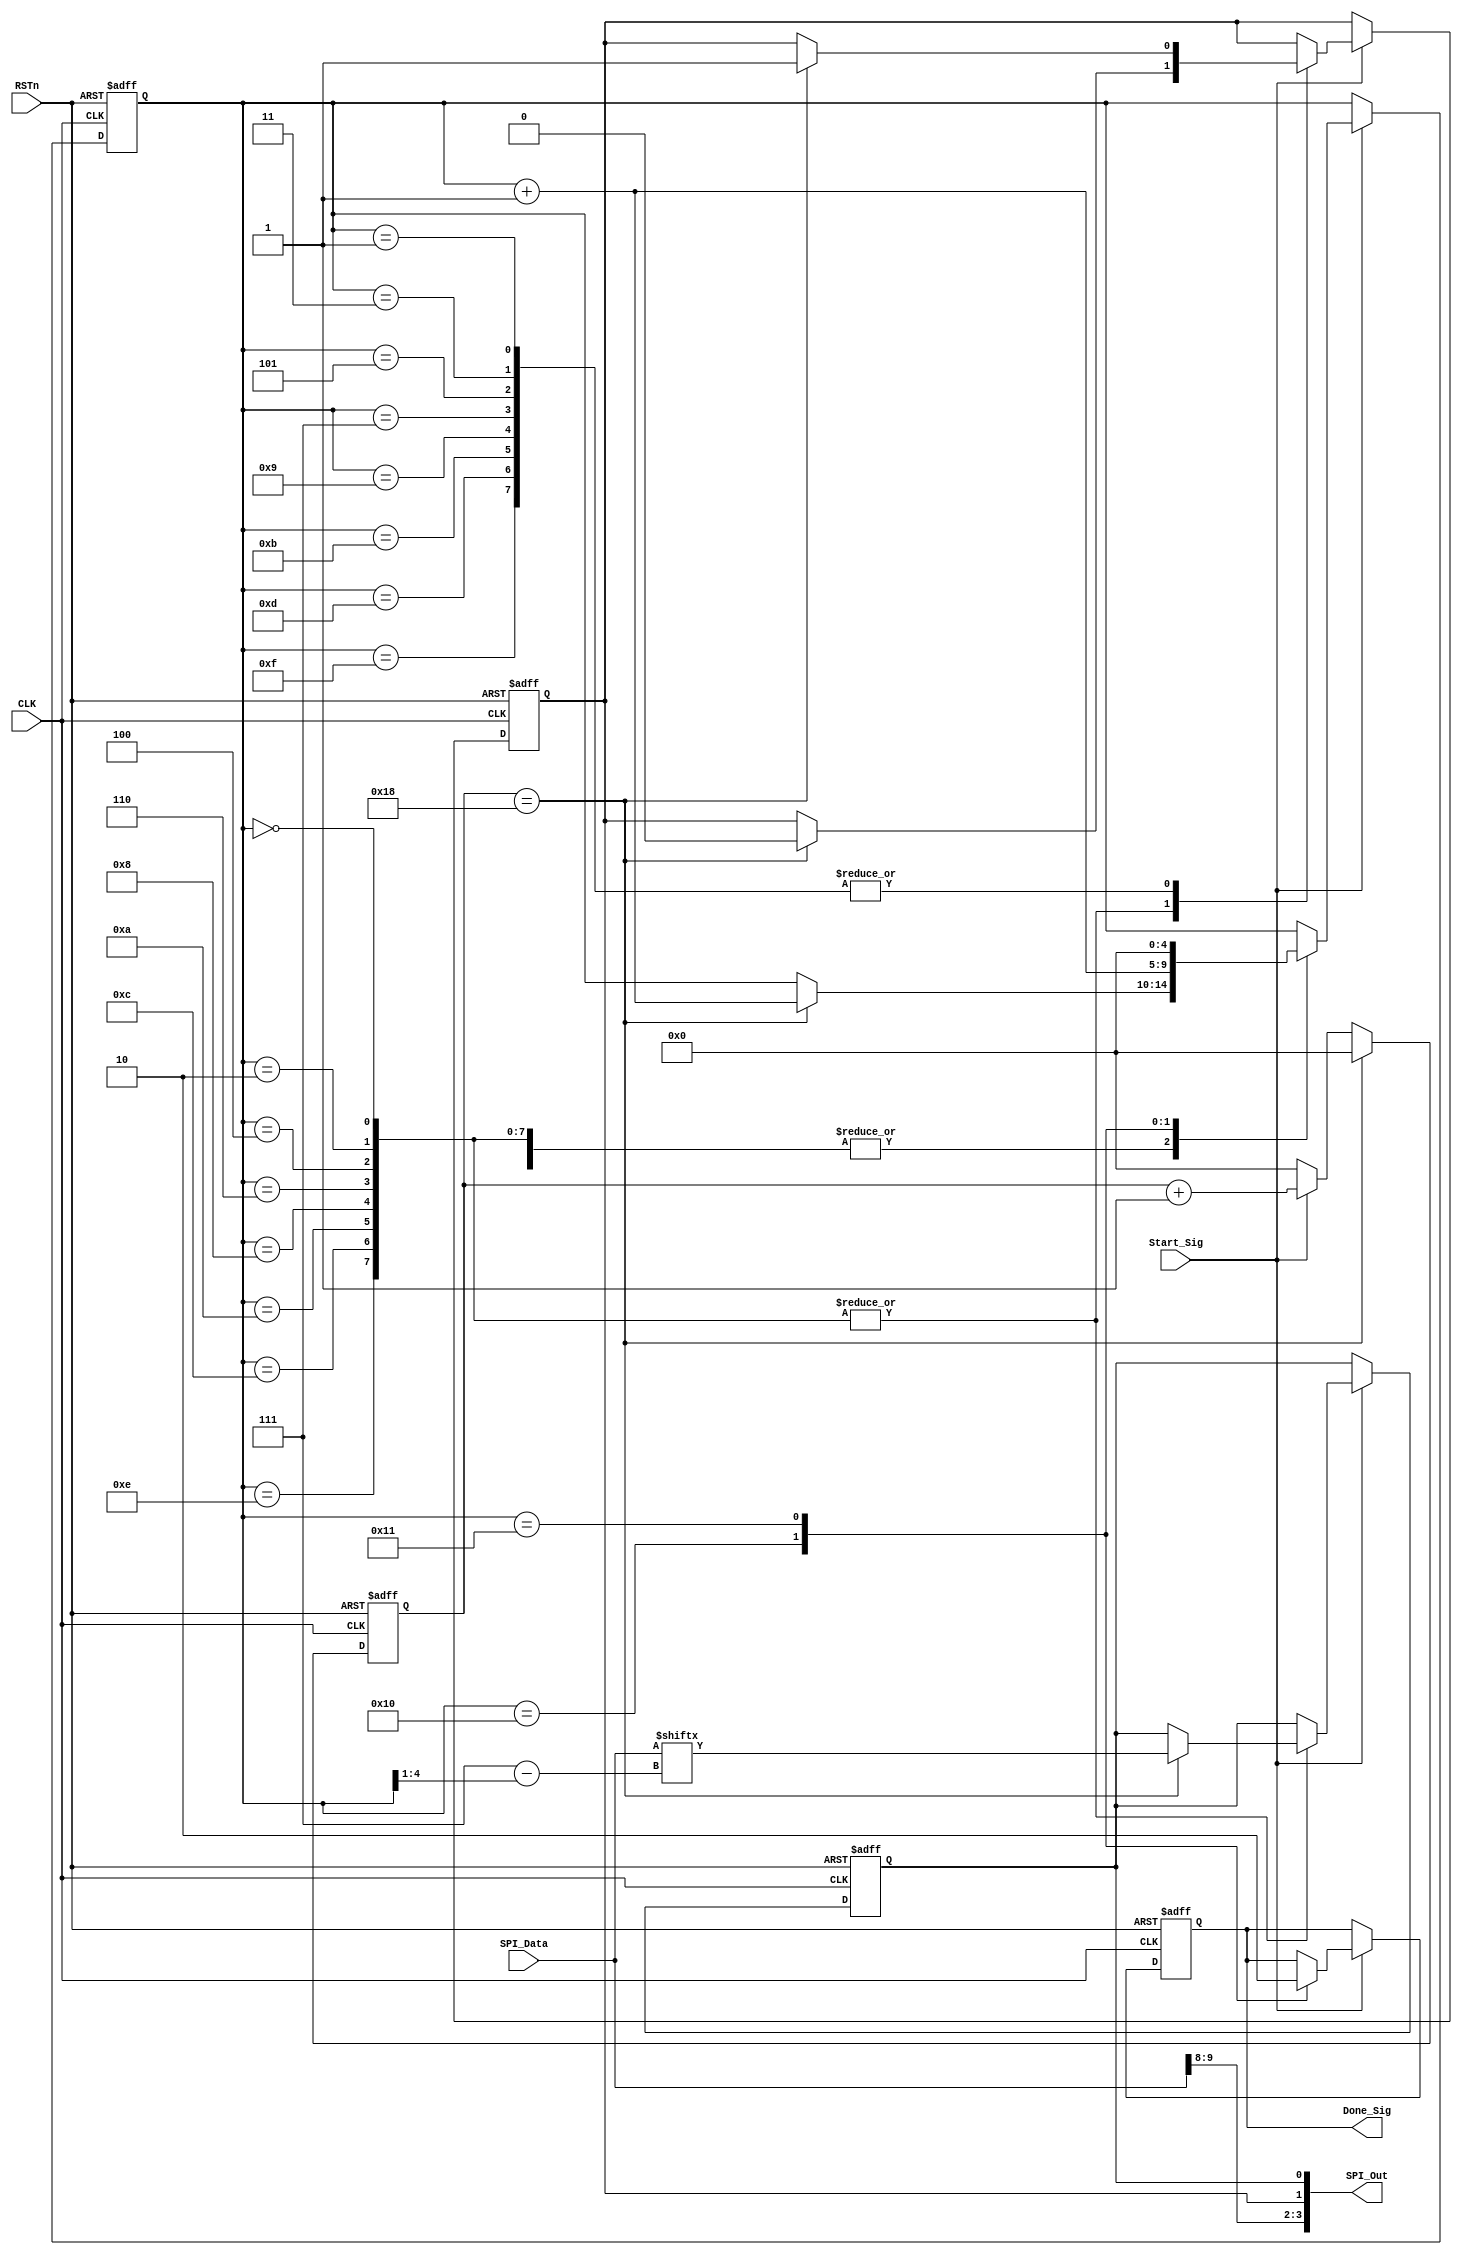
///////////////////////////////////////////////////////////////
//// SPI_WRITE_MODULE.v
//// 			ZHAOCHAO
//// 				2016-11-19
/////////////////////////////////////////////////////////////////////////////
////

module SPI_WRITE_MODULE
(
	CLK, RSTn,
	Start_Sig,
	SPI_Data,
	Done_Sig,
	SPI_Out 
);

	input CLK;
	input RSTn;
	input Start_Sig;
	input [9:0]SPI_Data;
	output Done_Sig;
	//// [3]:CS  [2]:A0  [1]:CLK  [0]:DO
	output [3:0]SPI_Out; 	 	
	
	
	//// 50M*0.000005-1 = 24;
	parameter TOP5US = 5'd24;
	
	reg [4:0]Count1;
	
	always@(posedge CLK or negedge RSTn)
		if (!RSTn)	
			Count1 <= 5'd0;
		else if (Count1 == TOP5US)
			Count1 <= 5'd0;
		else if (Start_Sig)
 			Count1 <= Count1 + 1'b1;
		else
			Count1 <= 5'd0;
			
	////////////////////////////////
	
	
	reg [4:0]state_index;
	reg rCLK;
	reg rDO;
	reg isDone;
	
	always@(posedge CLK or negedge RSTn)
		if (!RSTn)
			begin
				state_index <= 5'd0;
				rCLK <= 1'b1;
				rDO <= 1'b0;
				isDone <= 1'b0;
			end
		else if (Start_Sig)
			case (state_index)
				5'd0, 5'd2, 5'd4, 5'd6,
				5'd8, 5'd10, 5'd12, 5'd14:
					if (Count1 == TOP5US)
						begin
							rCLK <= 1'b0;
							rDO <= SPI_Data[7-(state_index >> 1)];
							state_index <= state_index + 1'b1;
						end
						
				5'd1, 5'd3, 5'd5, 5'd7,
				5'd9, 5'd11, 5'd13, 5'd15:
					if (Count1 == TOP5US)
						begin
							rCLK <= 1'b1;
							state_index <= state_index + 1'b1;
						end
						
				5'd16:
					begin
						isDone <= 1'b1;
						state_index <= state_index + 1'b1;
					end
				
				5'd17:
					begin
						isDone <= 1'b0;
						state_index <= 5'd0;
					end
			endcase
			
	////////////////////////////////////////////
	
	assign Done_Sig = isDone;
	assign SPI_Out = { SPI_Data[9], SPI_Data[8], rCLK, rDO };
	
	
endmodule